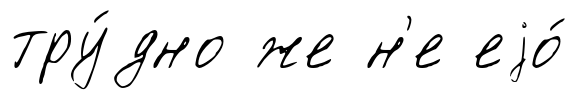
тру́дно же н'е еjо́